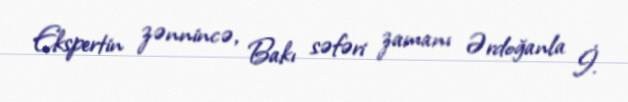
Ekspertin zənnincə, Bakı səfəri zamanı Ərdoğanla İ.